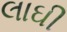
લાઘી